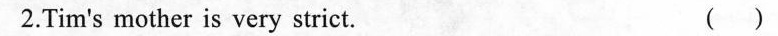
2.Tim's mother is very strict. ()